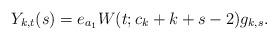
LaTeX: \begin{align*}Y_{k,t}(s)=e_{a_{1}}W(t;c_{k}+k+s-2)g_{k,s}.\end{align*}